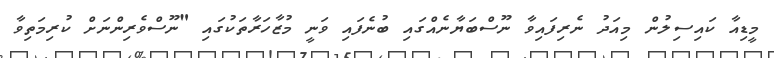
މީޑިއާ ކައިސިލުން މިއަދު ނެރިފައިވާ ނޫސްބަޔާނެއްގައި ބުނެފައި ވަނީ މުޒާހަރާތަކުގައި "ނޫސްވެރިންނަށް ކުރިމަތިވާ